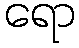
ရော